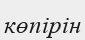
көпірін